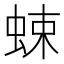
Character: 𧋐